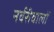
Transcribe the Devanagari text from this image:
नर्वरीवालों